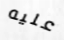
عليه